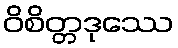
ဝိစိတ္တဒုဿေ